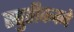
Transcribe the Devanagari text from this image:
स्तुतीकवने